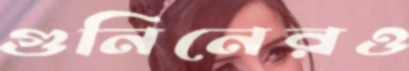
গুনিনেরও